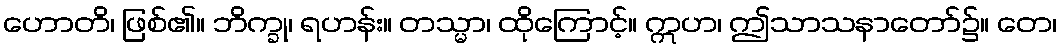
ဟောတိ၊ ဖြစ်၏။ ဘိက္ခု၊ ရဟန်း။ တသ္မာ၊ ထိုကြောင့်။ ဣဟ၊ ဤသာသနာတော်၌။ တေ၊